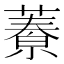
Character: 𦾁